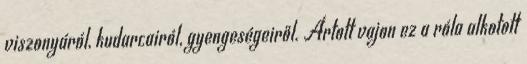
viszonyáról, kudarcairól, gyengeségeiről. Ártott vajon ez a róla alkotott